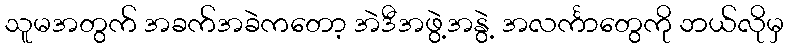
သူမအတွက် အခက်အခဲကတော့ အဲဒီအဖွဲ့အနွဲ့ အလင်္ကာတွေကို ဘယ်လိုမှ